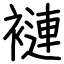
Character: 褳